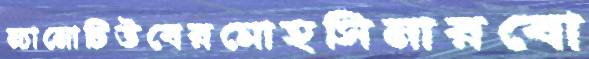
ন্যানোটিউবেরমোহসিনারবো